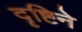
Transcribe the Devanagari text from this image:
दॄष्टिने